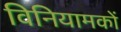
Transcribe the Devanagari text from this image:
विनियामकों